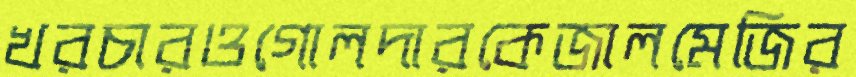
খরচারওগোলদারকেজালমেজির